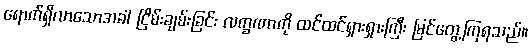
ရောက်ရှိလာသောအခါ ငြိမ်းချမ်းခြင်း လက္ခဏာကို ထင်ထင်ရှားရှားကြီး မြင်တွေ့ကြရသည်။